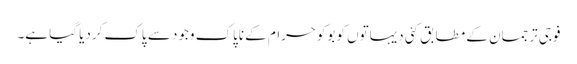
فوجی ترجمان کے مطابق کئی دیہاتوں کو بوکوحرام کے ناپاک وجود سے پاک کردیا گیا ہے۔